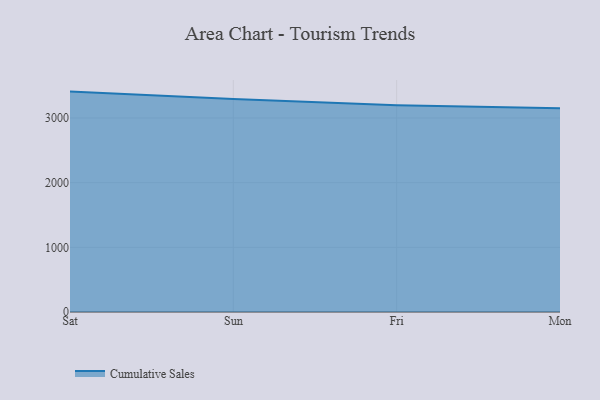
{"axis": {"x": "Day", "y": "LTV (USD)"}, "legend": ["Cumulative Sales"], "data": [{"x": "Sat", "y": 3407.8, "type": "Cumulative Sales"}, {"x": "Sun", "y": 3292.1, "type": "Cumulative Sales"}, {"x": "Fri", "y": 3196.8, "type": "Cumulative Sales"}, {"x": "Mon", "y": 3149.7, "type": "Cumulative Sales"}]}